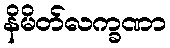
နိမိတ်လက္ခဏာ